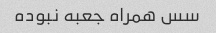
سس همراه جعبه نبوده